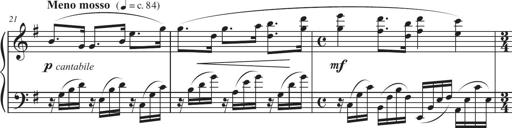
Title: Sonatina in D major
Composer: Shota Saitoh
Key: D major